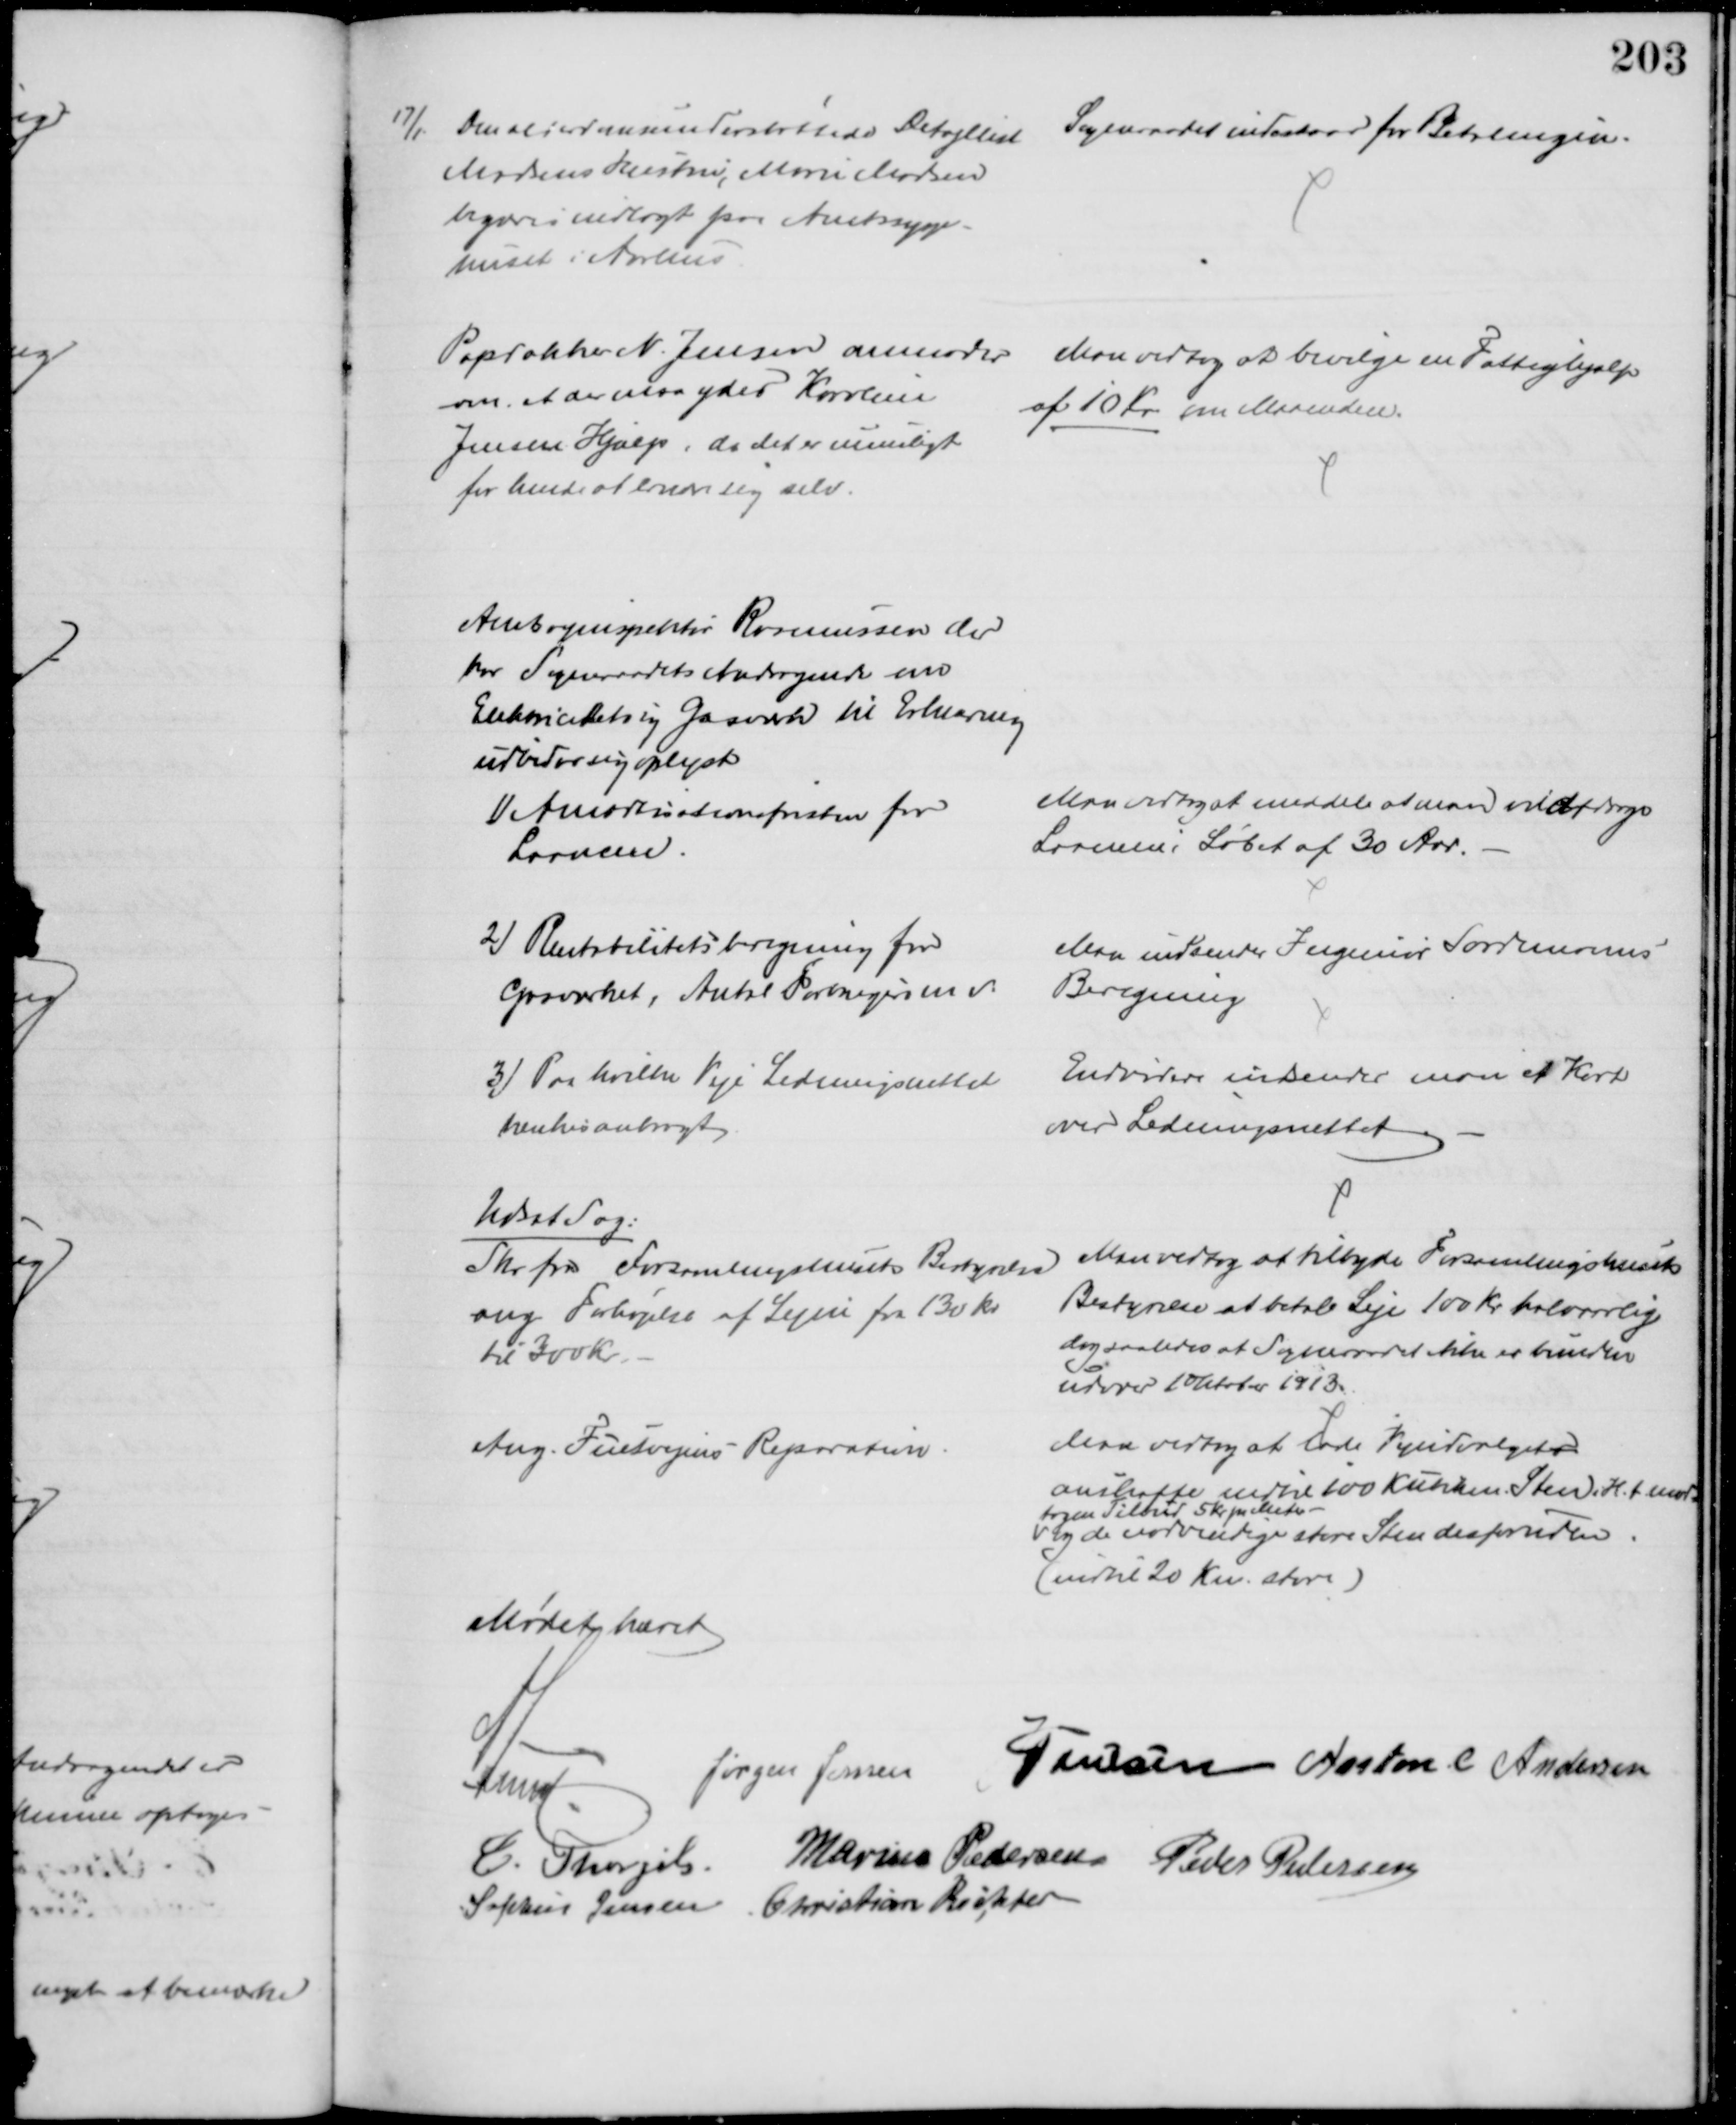
Transskription:
17/1 Den Alderdomsunderstøttede Detajllist
Madsens Hustru, Marie Madsen
begæres indlagt paa Amtssyge-
huset i Aarhus
Sogneraadet indestaar for Betalingen.
Papdækker N. Jensen anmoder
om at der maa ydes Karoline
Jensen Hjælp, da det er umuligt
for hende at ernære sig selv.
Man vedtog at bevilge en Fattighjælp
af 10 Kr. om Maaneden.
Amtvejinspektør Rasmussen der
har Sogneraadets Andragende om
Elektricitets og Gasværk til Erklæring
udbeder sig oplyst
1) Amortisationsfristen for
Laanene.
Man vedtog at meddele at man vil afdrage
Laanene i Løbet af 30 Aar.
2) Rentabilitetsberegning for
Gasværket, Antal Foreninger mv.
Man indsender Ingeniør Sardemanns
Beregning
3) Paa hvilke Veje Ledningsnettet
tænkes anbragt
Endvidere indsender man et Kort
over Ledningsnettet
Udsat Sag:
Skr. fra Forsamlingshusets Bestyrelse
ang Forhøjelse af Lejen fra 130 kr
til 300 Kr.
Man vedtog at tilbyde Forsamlingshusets 
Bestyrelse at betale Leje 100 Kr halvaarlig 
dog saaledes at Sogneraadet ikke er bunden
udover 1 Oktober 1913.
Ang. Fuetvejens Reparation.
Man vedtog at lade Vejudvalgets
anskaffe indtil 100 Kubikm. Sten i H. t. mod-
tagen Tilbud 5 Kr pr. Meter.
og de nødvendige store Sten desforuden.
(indtil 20 Kn. store)
Mødet hævet
A Lund
Jørgen Jensen J Poulsen Anton C Andersen
C. Thorgils Marius Pedersen Peder Pedersen
Sophus Jensen Christian Richter